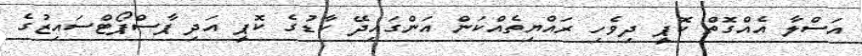
އަސްލާ އެއްގޮތް ކޮޕީ ދިވެހި ރައްޔިތެއްކަން އަންގައިދޭ ކާޑުގެ ކޮޕީ އަދި ޕާސްޕޯޓްސައިޒުގެ